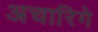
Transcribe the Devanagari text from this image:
अचारिगे